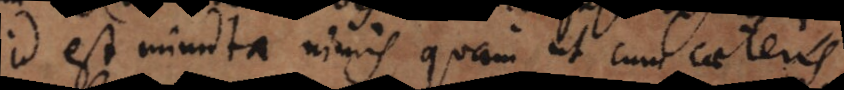
id est minuta nimis quam ut cum caeteris